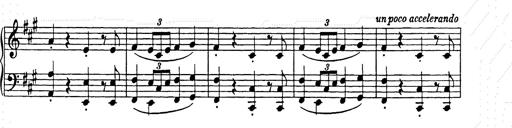
Title: Weihnachtsbaum
Composer: Franz Liszt